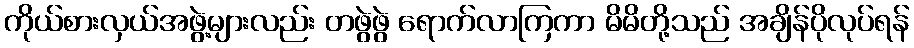
ကိုယ်စားလှယ်အဖွဲ့များလည်း တဖွဲဖွဲ ရောက်လာကြကာ မိမိတို့သည် အချိန်ပိုလုပ်ရန်